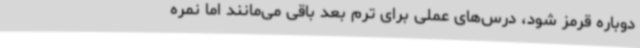
دوباره قرمز شود، درس‌های عملی برای ترم بعد باقی می‌مانند اما نمره